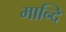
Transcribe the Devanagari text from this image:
मान्दि